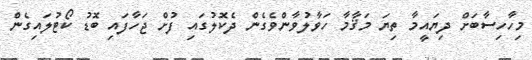
މިހާހިސާބަށް ދިޔައީމާ ތިޔަ މަޤާމާ ހަވާލުވާންވެގެން ދެކޮލުގައި ފުށް ޖަހާފައި ބޮޑު ކޯޓުލައިގެން